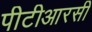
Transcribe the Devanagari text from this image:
पीटीआरसी